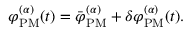
\varphi _ { \mathrm { P M } } ^ { ( \alpha ) } ( t ) = \bar { \varphi } _ { \mathrm { P M } } ^ { ( \alpha ) } + \delta \varphi _ { \mathrm { P M } } ^ { ( \alpha ) } ( t ) .